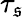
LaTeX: \tau_{\mathfrak{s}}